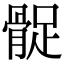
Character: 𩩔